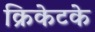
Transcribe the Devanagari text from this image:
क्रिकेटके